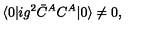
\langle 0 | i g ^ { 2 } \bar { C } ^ { A } C ^ { A } | 0 \rangle \not = 0 ,